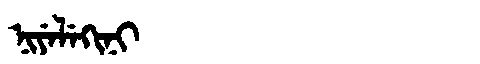
Manchu: ᠨᡳᠶᡝᠯᡝᡴᡳᠨᡳ
Romanization: NIYELEKINI